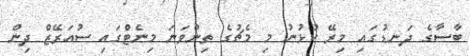
ބާސާގެ ދަނޑުގައި މިރޭ ކުޅުނު މި މެޗުގެ ތިންވަނަ މިނެޓްގައި ސުއަރޭޒް ދިން